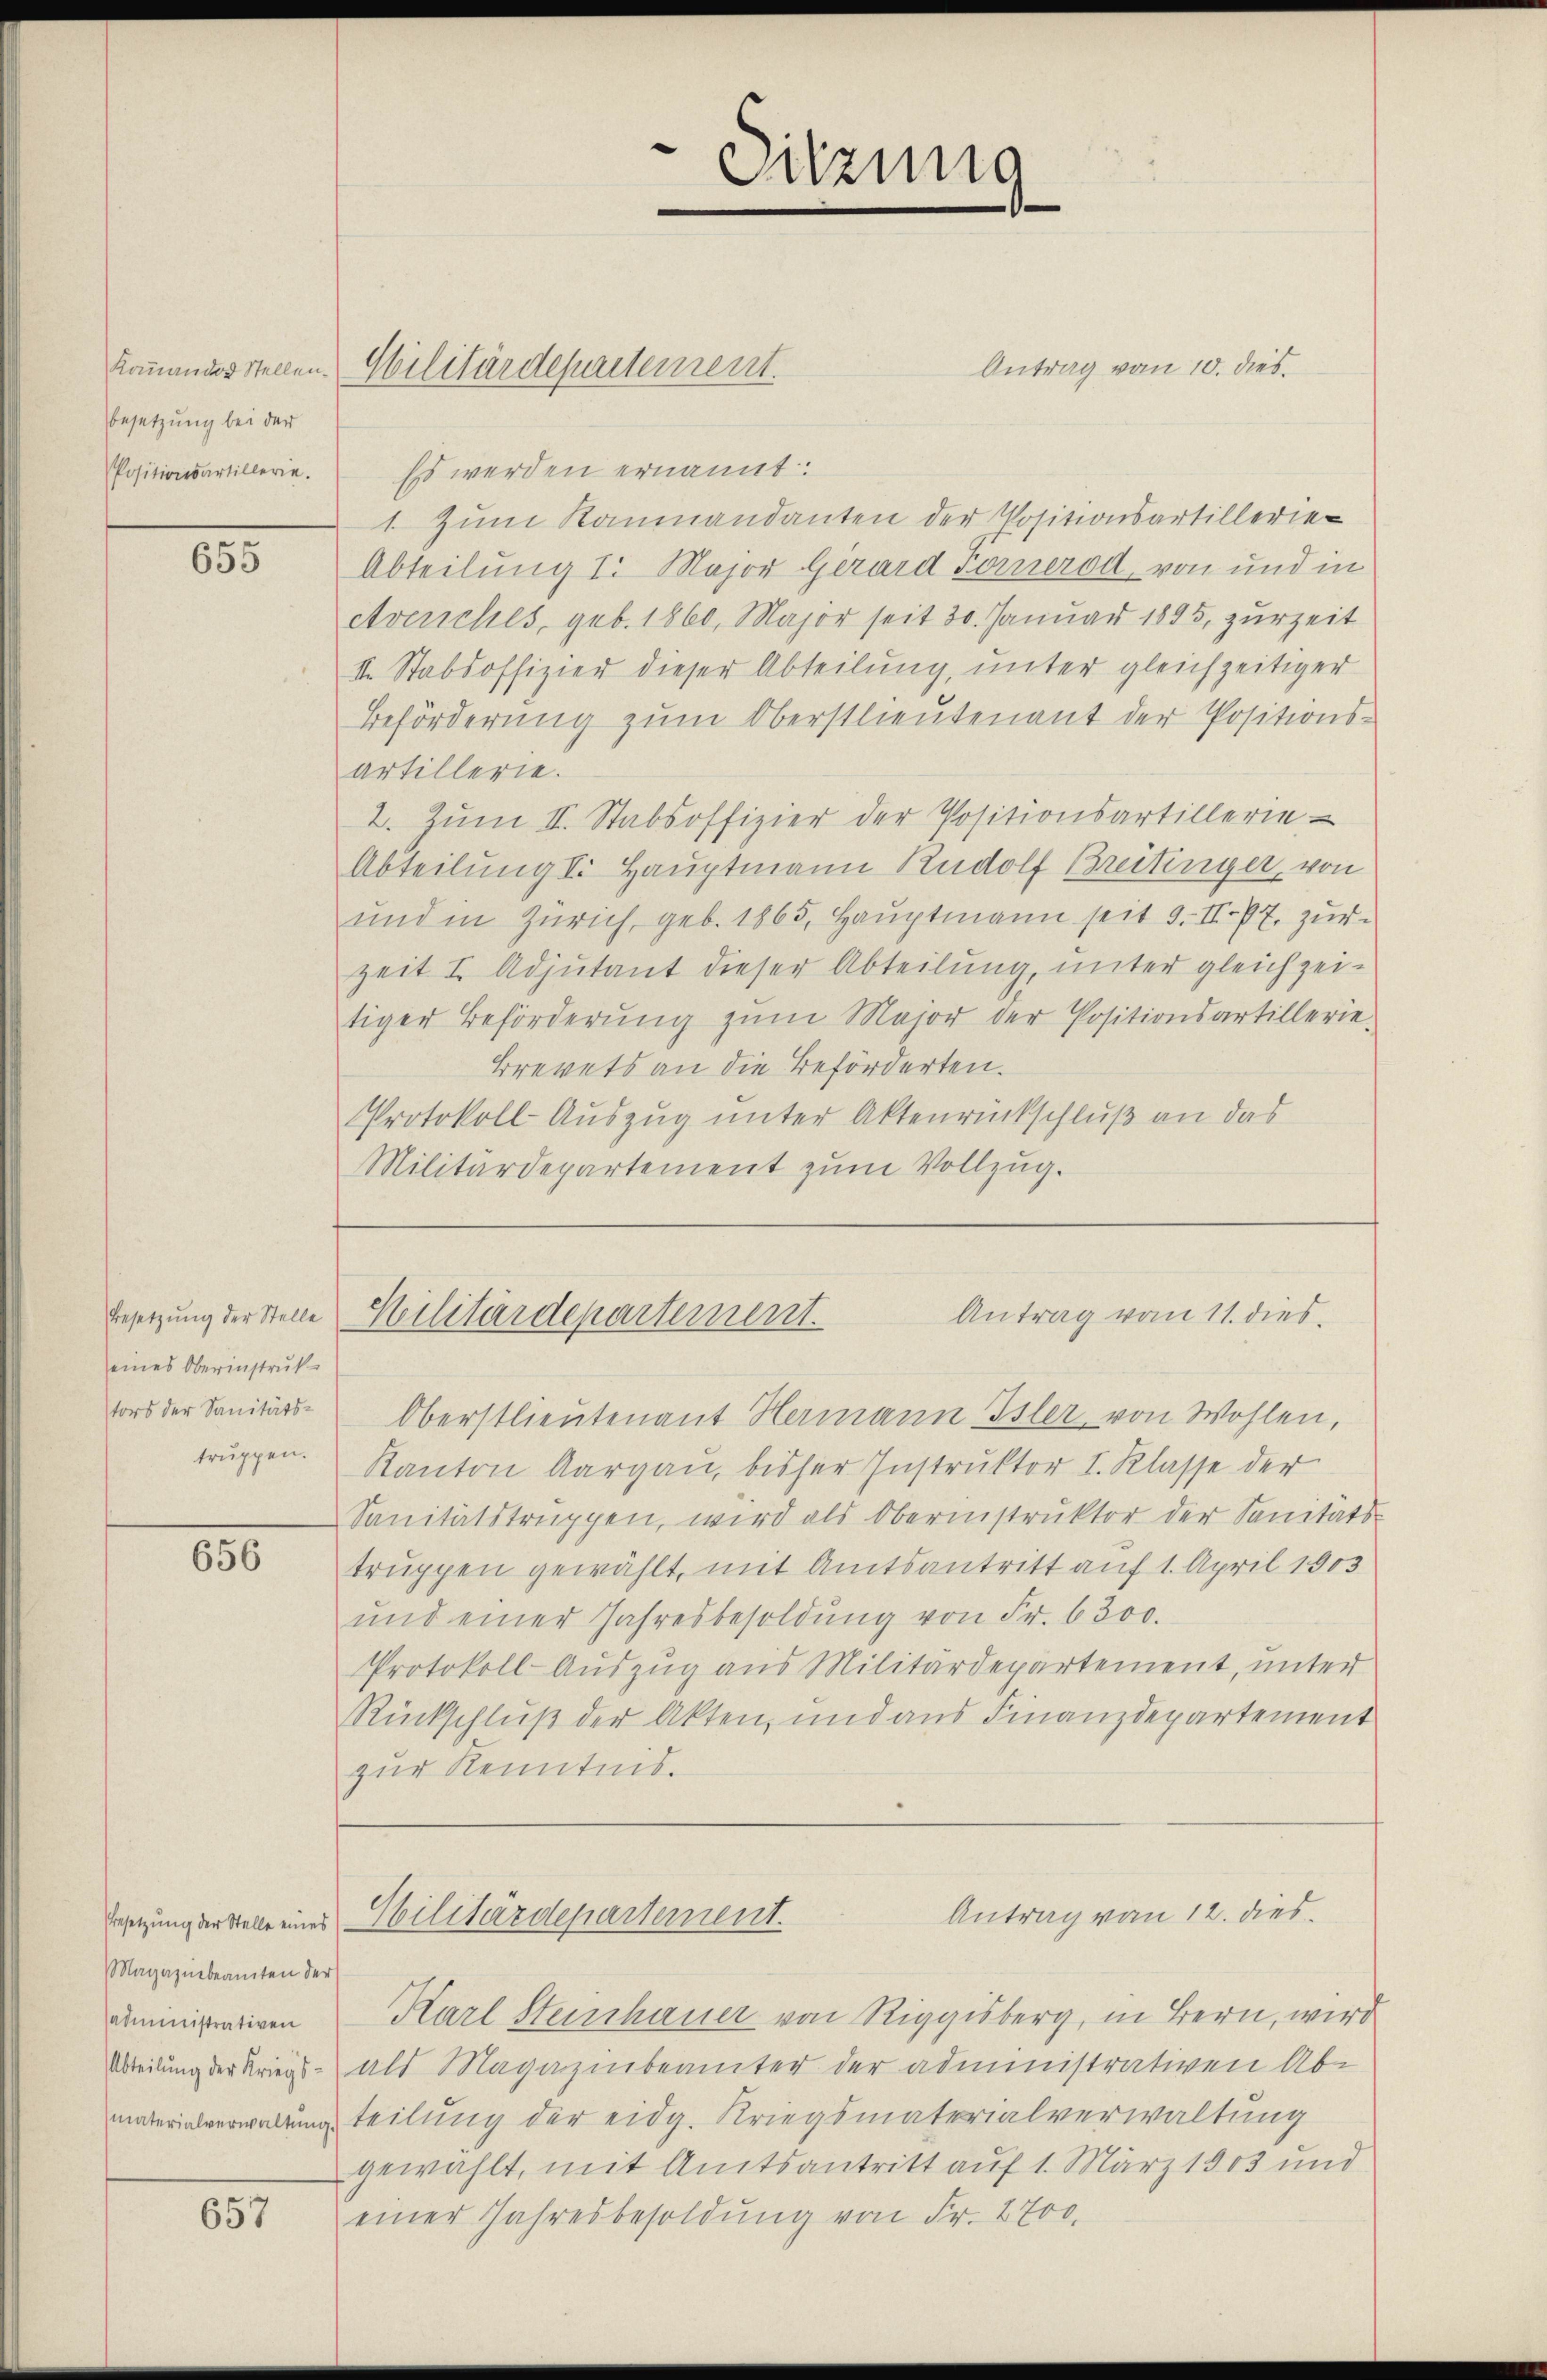
Besetzung bei der
Positionsartillerie.

600

Besetzung der Stelle
eines Oberinstruk
tors der Sanitätstruppen.

656

Besetzung der Stelle eines
Magazinbeamten der
sadministrativen

657

Es werden ernannt:
1. Zum Raumandanten der Positionsartillerie-
Abteilung 1. Major Girard Fernerod, von und in
etveriches, geb. 1860, Major seit 30. Januar 1895, zur Zeit
II. Stabsoffizier dieser Abteilung, unter gleichzeitiger
Beförderung zum Oberstlieutenant der Positions-
artillerie.
2. Zŭm II. Stabsoffizier der Positionsartillerie-
Abteilung I. Hauptmann Rudolf Breitinger, von
und in Zürich, geb. 1865, Hauptmann seit 9. II 77. zur
zeit I. Adjutant dieser Abteilung, unter gleichzeitiger Beförderŭng zŭm Major der Positionsartillerie-
Brevets an die Beförderten.
Protokoll-Auszug unter Aktenrückschluß an das
Militärdepartement zum Vollzug.

Oberstlieutenant Hermann Isler, von Wohlen,
Kanton Aargau, bisher Instruktor I. Klasse der
Sanitätstruppen, wird als Obernistruktor der Sanitäts-
truppen gewählt, mit Amtsantritt auf 1. April 1903
ŭnd einer Jahresbesoldŭng von Fr. 6300.
Protokoll-Auszug aus Militärdepartement, unter
Rückschluß der Akten, und aus Finanzdepartement
zur Kenntnis.

Kommandarstellen. Militärdepartement.

Sitzung

Antrag vom 10. dies

Karl Steinhauer von Riggisberg, in Bern, wird
Wteilung der Kriegs- als Magazinbeamter der administrativen Ab-
materialverwaltung teilung der eidg. Kriegsmaterialverwaltung
gewählt, mit Amtsantritt auf 1. März 1903 und
einer Jahresbesoldung von Fr. 2700.

Antrag vom 11. dies
Kilitärdepartement.

Antrag von 12. dies
Hilitärdepartement.